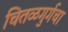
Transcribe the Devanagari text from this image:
चितळगुर्गचा